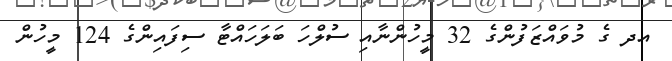
އދ ގެ މުވައްޒަފުންގެ 32 މީހުންނާއި ސުލްހަ ބަލަހައްޓާ ސިފައިންގެ 124 މީހުން